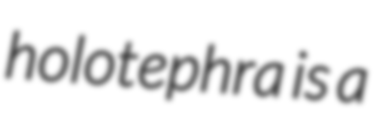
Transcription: holotephra is a